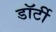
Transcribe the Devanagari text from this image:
डॉर्टी